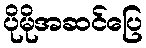
ပိုမိုအဆင်ပြေ